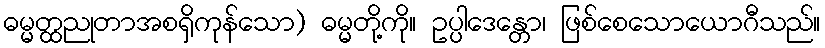
ဓမ္မတ္ထညုတာအစရှိကုန်သော) ဓမ္မတို့ကို။ ဥပ္ပါဒေန္တော၊ ဖြစ်စေသောယောဂီသည်။